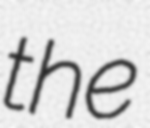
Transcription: the